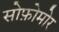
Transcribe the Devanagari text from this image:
सोफ़ोमोर